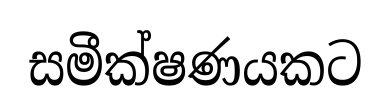
සමීක්ෂණයකට